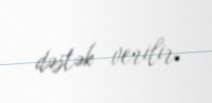
dəstək verilir.